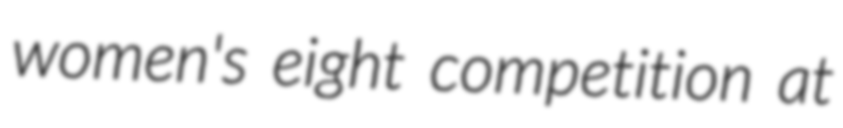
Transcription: women's eight competition at